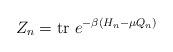
LaTeX: \begin{align*}Z_{n} = {\rm tr}\ e^{-\beta(H_{n}-\mu Q_{n})}\end{align*}